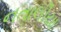
નતાલીયા